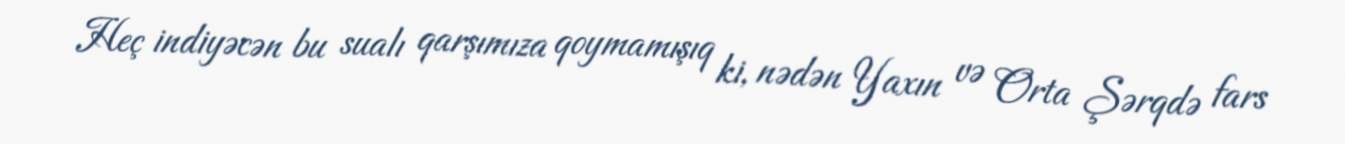
Heç indiyəcən bu sualı qarşımıza qoymamışıq ki, nədən Yaxın və Orta Şərqdə fars